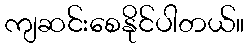
ကျဆင်းစေနိုင်ပါတယ်။